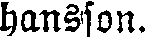
hansson.